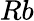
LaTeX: Rb